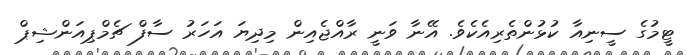
ޓީމުގެ ސީނިއާ ކުޅުންތެރިއެކެވެ. އޭނާ ވަނީ ރާއްޖެއިން މިދިޔަ އަހަރު ސާފް ޗެމްޕިއަންޝިޕް